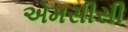
એમસીસી